Scientific memoirs by medical officers of the Army of India - Part XII,
Year: 1901
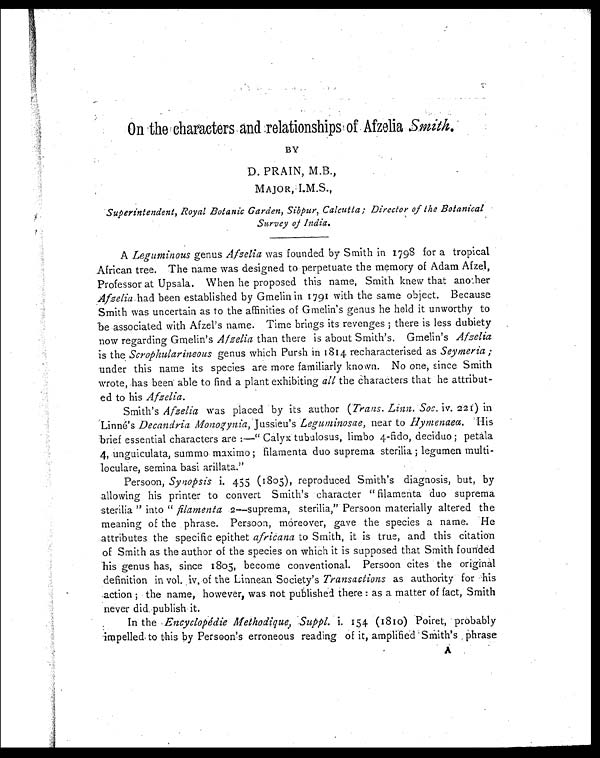
On the characters and relationships of Afzelia Smith.
BY
D. PRAIN, M.B.,
M A J O R , I . M . S . ,
Superintendent, Royal Botanic Garden, Sibpur, Calcutta; Director of the Botanical
Survey of India.
A Leguminous genus Afzelia was founded by Smith in 1798 for a tropical
African tree. The name was designed to perpetuate the memory of Adam Afzel,
Professor at Upsala. When he proposed this name, Smith knew that another
Afzelia had been established by Gmelin in 1791 with the same object. Because
Smith was uncertain as to the affinities of Gmelin's genus he held it unworthy to
be associated with Afzel's name. Time brings its revenges ; there is less dubiety
now regarding Gmelin's Afzelia than there is about Smith's. Gmelin's Afzelia
is the Scrophularineous genus which Pursh in 1814 recharacterised as Seymeria ;
under this name its species are more familiarly known. No one, since Smith
wrote, has been able to find a plant exhibiting all the characters that he attribut--
ed to his Afzelia.
Smith's Afzelia was placed by its author (Trans. Linn. Soc. iv. 221 )i n
Linnés Decandria Monogynia, Jussieu's Leguminosae, near to Hymenaea. His
brief essential characters are :—" Calyx tubulosus, limbo 4-fido, deciduo ; petala
4, unguiculata, summo maximo ; filamenta duo suprema sterilia ; legumen multi-
loculare, semina basi arillata."
Persoon, Synopsis i. 455 (1805), reproduced Smith's diagnosis, but, by
allowing his printer to convert Smith's character " filamenta duo suprema
sterilia " into " filamenta 2—suprema, sterilia," Persoon materially altered the
meaning of the phrase. Persoon, moreover, gave the species a name. He
attributes the specific epithet africana to Smith, it is true, and this citation
of Smith as the author of the species on which it is supposed that Smith founded
his genus has, since 1805, become conventional. Persoon cites the original
definition in vol. iv. of the Linnean Society's Transactions as authority for his
action ; the name, however, was not published there : as a matter of fact, Smith
never did, publish it.
In the Encyclopédie Methodique, Suppl. i. 154 (1810) Poiret, probably
impelled to this by Persoon's erroneous reading of it, amplified Smith's phrase
A